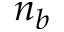
n _ { b }